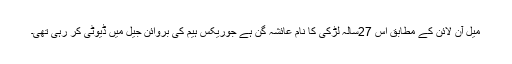
میل آن لائن کے مطابق اس 27سالہ لڑکی کا نام عائشہ گن ہے جوریکس ہیم کی بروائن جیل میں ڈیوٹی کر رہی تھی۔